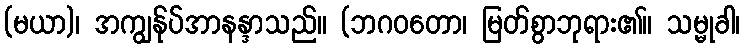
(မယာ)၊ အကျွန်ုပ်အာနန္ဒာသည်။ (ဘဂဝတော၊ မြတ်စွာဘုရား၏။ သမ္မုခါ၊